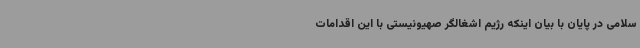
سلامی در پایان با بیان اینکه رژیم اشغالگر صهیونیستی با این اقدامات